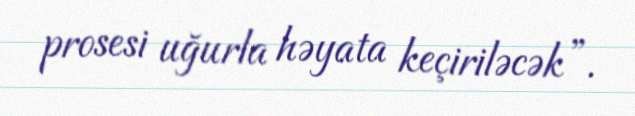
prosesi uğurla həyata keçiriləcək”.